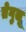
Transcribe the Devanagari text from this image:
तेगुलू